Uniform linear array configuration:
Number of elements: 24
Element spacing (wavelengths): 0.25
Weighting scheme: binomial
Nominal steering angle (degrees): -45
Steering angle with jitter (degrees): -44.62
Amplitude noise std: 0.05
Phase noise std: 0.05

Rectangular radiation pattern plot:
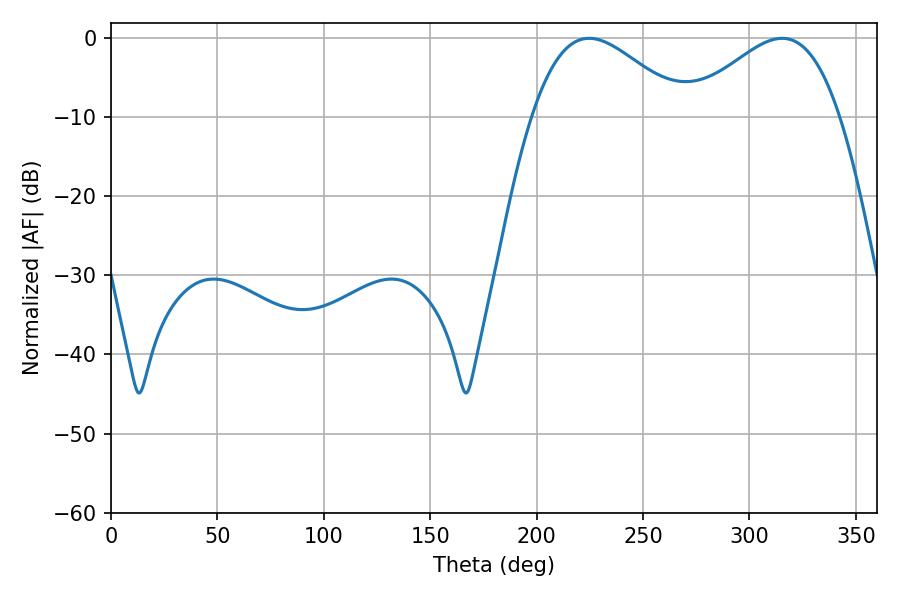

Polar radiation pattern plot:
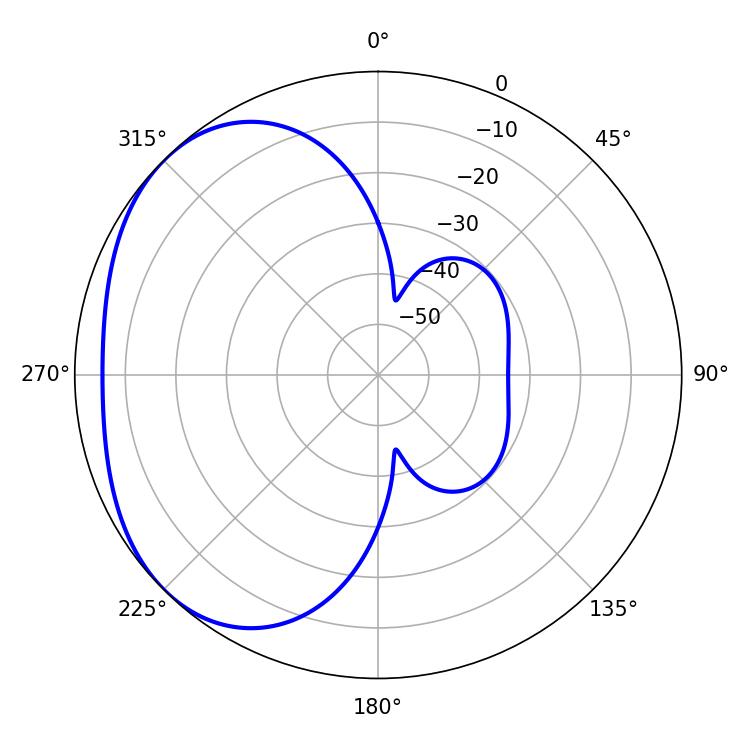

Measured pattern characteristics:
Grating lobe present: FALSE
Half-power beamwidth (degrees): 38.34
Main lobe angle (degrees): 224.64